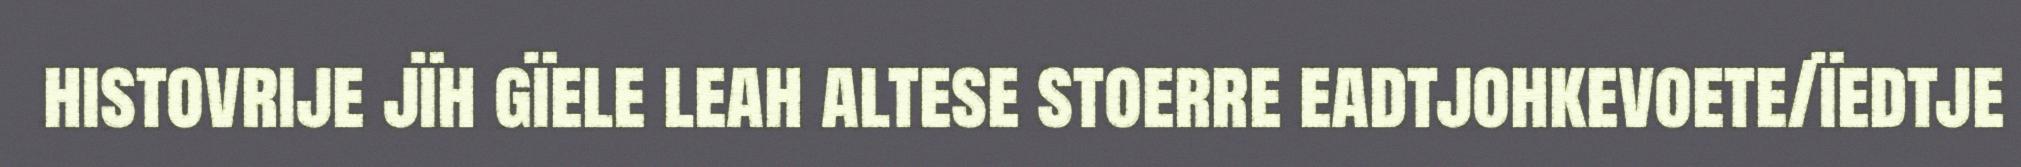
histovrije jïh gïele leah altese stoerre eadtjohkevoete/ïedtje